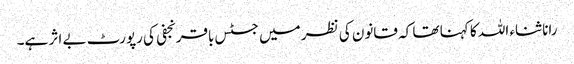
رانا ثناء اللہ کا کہنا تھا کہ قانون کی نظر میں جسٹس باقر نجفی کی رپورٹ بے اثر ہے۔